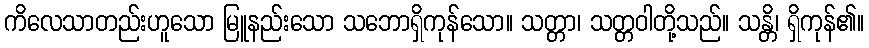
ကိလေသာတည်းဟူသော မြူနည်းသော သဘောရှိကုန်သော။ သတ္တာ၊ သတ္တဝါတို့သည်။ သန္တိ၊ ရှိကုန်၏။